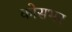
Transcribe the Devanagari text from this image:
कोसभर